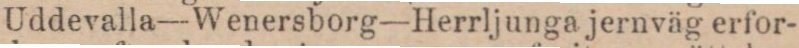
Uddevalla—Wenersborg—Herrljunga jernväg erfor-